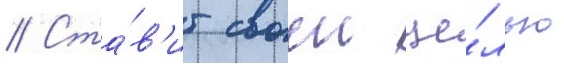
// Ста́в'ит своеи це́лью